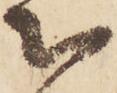
被